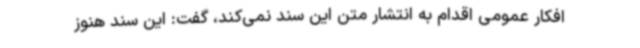
افکار عمومی اقدام به انتشار متن این سند نمی‌کند، گفت: این سند هنوز